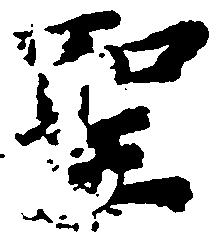
聖